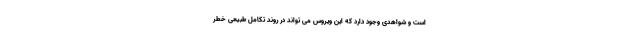
است و شواهدی وجود دارد که این ویروس می تواند در روند تکامل طبیعی خطر